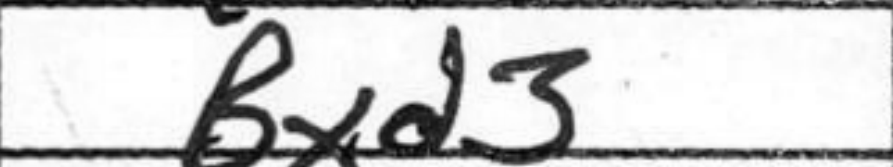
Transcription: Bxd3